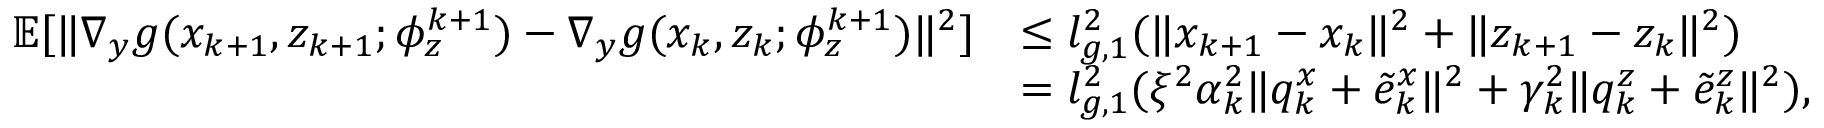
\begin{array} { r l } { \mathbb { E } [ \| \nabla _ { y } g ( x _ { k + 1 } , z _ { k + 1 } ; \phi _ { z } ^ { k + 1 } ) - \nabla _ { y } g ( x _ { k } , z _ { k } ; \phi _ { z } ^ { k + 1 } ) \| ^ { 2 } ] } & { \le l _ { g , 1 } ^ { 2 } ( \| x _ { k + 1 } - x _ { k } \| ^ { 2 } + \| z _ { k + 1 } - z _ { k } \| ^ { 2 } ) } \\ & { = l _ { g , 1 } ^ { 2 } ( \xi ^ { 2 } \alpha _ { k } ^ { 2 } \| q _ { k } ^ { x } + \tilde { e } _ { k } ^ { x } \| ^ { 2 } + \gamma _ { k } ^ { 2 } \| q _ { k } ^ { z } + \tilde { e } _ { k } ^ { z } \| ^ { 2 } ) , } \end{array}